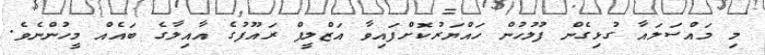
މި މައްސަލައާ ގުޅިގެން ފުލުހުން ހައްޔަރުކޮށްފައިވާ އަޒްލީފް ރައޫފުގެ އާއިލާގެ ބައެއް މީހުންނެވެ.